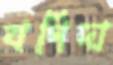
বগিদা